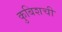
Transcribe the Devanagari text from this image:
कुबिशची